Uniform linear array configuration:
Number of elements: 64
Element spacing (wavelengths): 1
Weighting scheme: cosine
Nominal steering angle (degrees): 15
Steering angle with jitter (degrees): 15.654
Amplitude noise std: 0.05
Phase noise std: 0.05

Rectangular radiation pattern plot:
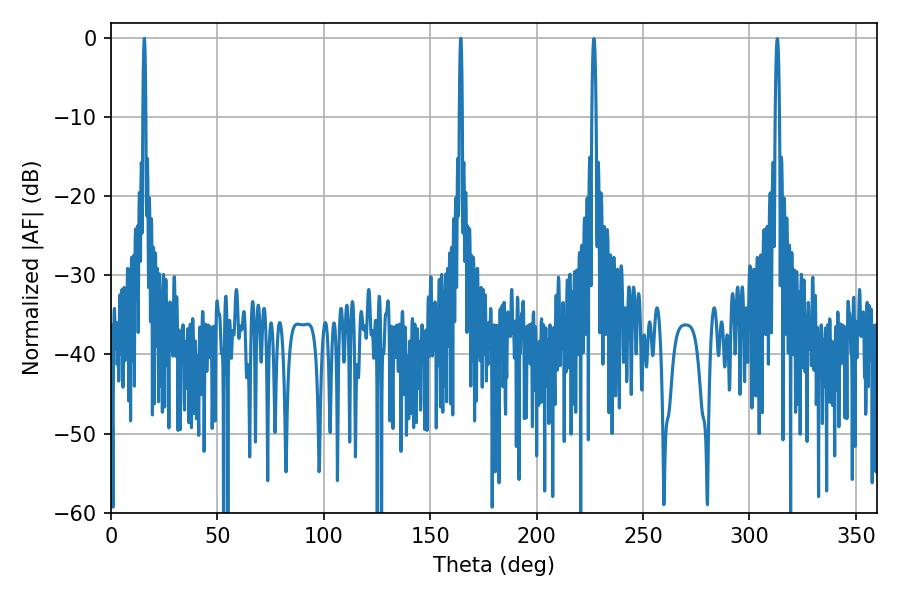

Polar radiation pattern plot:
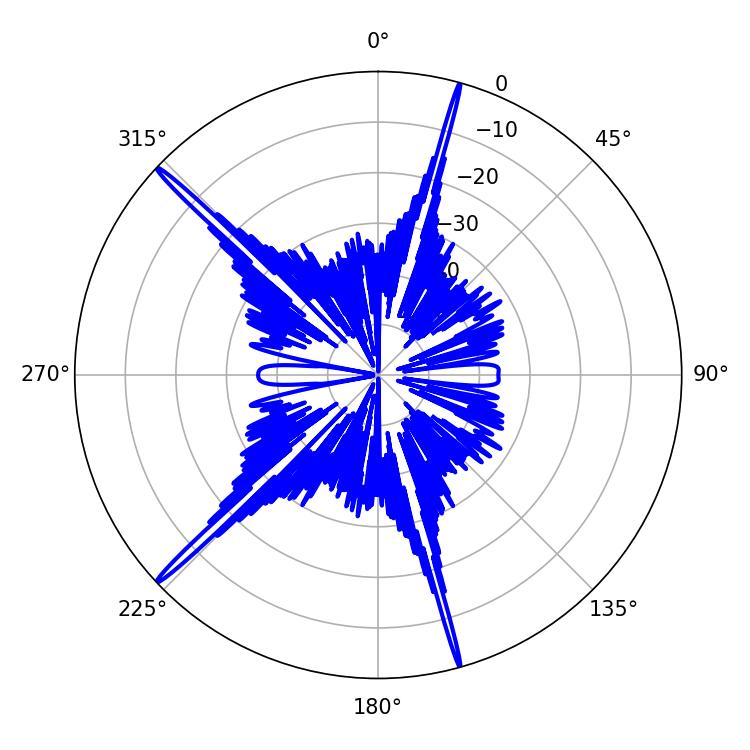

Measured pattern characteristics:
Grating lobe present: TRUE
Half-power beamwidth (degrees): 0.72
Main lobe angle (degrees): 15.66